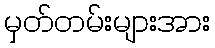
မှတ်တမ်းများအား